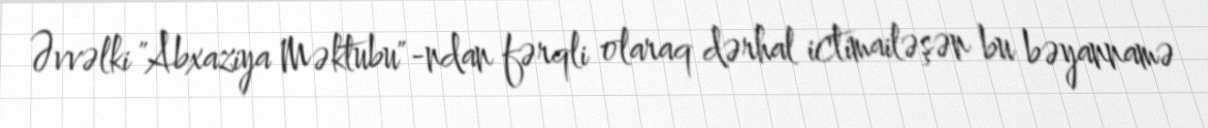
Əvvəlki "Abxaziya Məktubu"-ndan fərqli olaraq dərhal ictimailəşən bu bəyannamə